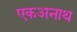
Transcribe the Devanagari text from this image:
एकअनाथ